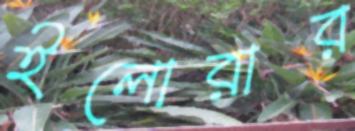
ইলোরার